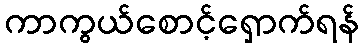
ကာကွယ်စောင့်ရှောက်ရန်